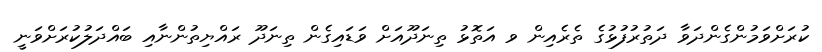
ކުރަށްވަމުންގެންދަވާ ދަތުރުފުޅުގެ ތެރެއިން ވ އަތޮޅު ތިނަދޫއަށް ވަޑައިގެން ތިނަދޫ ރައްޔިތުންނާއި ބައްދަލުކުރަށްވަނީ